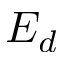
E _ { d }